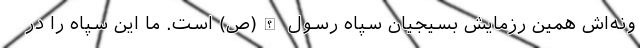
ونه‌اش همین رزمایش بسیجیان سپاه رسول الله(ص) است. ما این سپاه را در